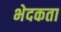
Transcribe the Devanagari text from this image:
भेदकता